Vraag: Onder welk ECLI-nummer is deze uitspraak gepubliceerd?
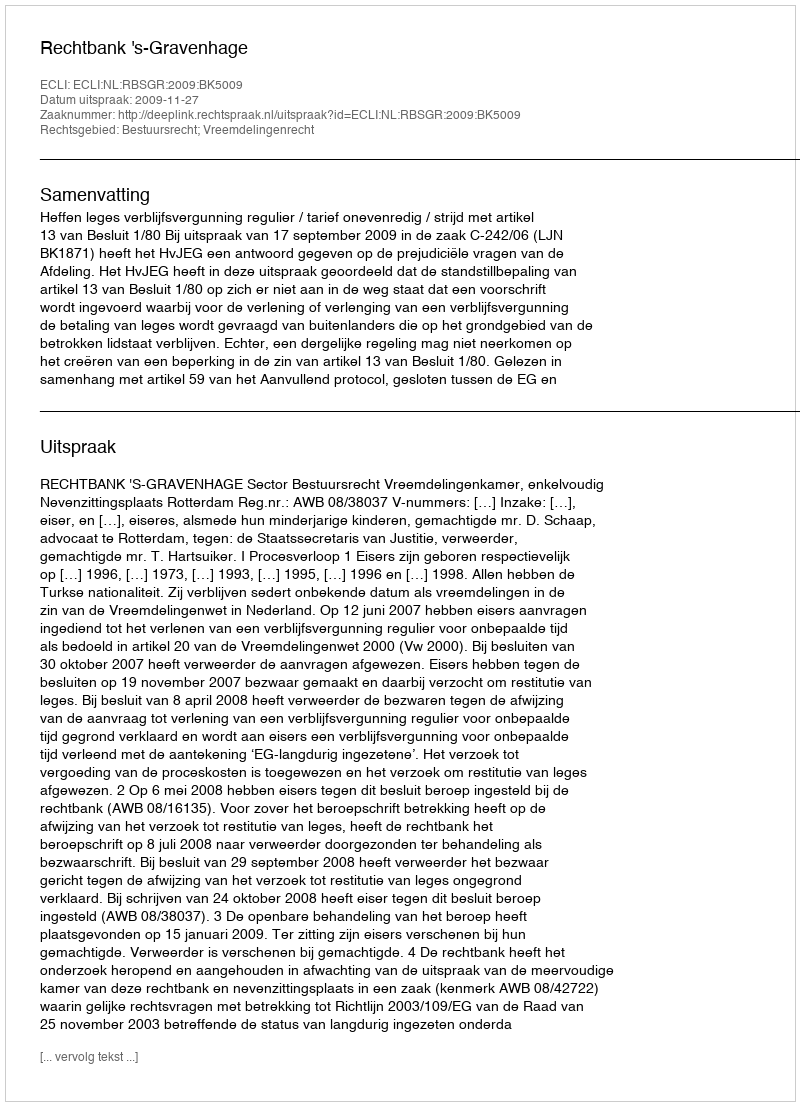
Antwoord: ECLI:NL:RBSGR:2009:BK5009